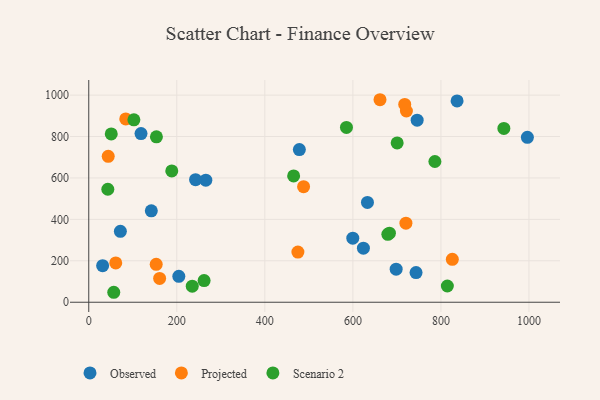
{"axis": {"x": "Distance", "y": "Fuel Efficiency"}, "legend": ["Observed", "Projected", "Scenario 2"], "data": [{"x": "265.9", "y": 589.3, "type": "Observed"}, {"x": "746.0", "y": 879.0, "type": "Observed"}, {"x": "478.4", "y": 736.9, "type": "Observed"}, {"x": "623.9", "y": 260.8, "type": "Observed"}, {"x": "242.6", "y": 591.7, "type": "Observed"}, {"x": "836.7", "y": 972.1, "type": "Observed"}, {"x": "31.5", "y": 176.4, "type": "Observed"}, {"x": "743.5", "y": 143.2, "type": "Observed"}, {"x": "142.1", "y": 441.5, "type": "Observed"}, {"x": "698.3", "y": 159.5, "type": "Observed"}, {"x": "633.1", "y": 481.8, "type": "Observed"}, {"x": "118.7", "y": 814.5, "type": "Observed"}, {"x": "599.8", "y": 309.1, "type": "Observed"}, {"x": "996.4", "y": 796.2, "type": "Observed"}, {"x": "71.8", "y": 342.4, "type": "Observed"}, {"x": "204.6", "y": 124.9, "type": "Observed"}, {"x": "44.2", "y": 704.4, "type": "Projected"}, {"x": "153.2", "y": 182.9, "type": "Projected"}, {"x": "721.6", "y": 923.2, "type": "Projected"}, {"x": "488.0", "y": 557.7, "type": "Projected"}, {"x": "661.6", "y": 977.7, "type": "Projected"}, {"x": "61.3", "y": 189.8, "type": "Projected"}, {"x": "475.1", "y": 242.2, "type": "Projected"}, {"x": "720.5", "y": 381.6, "type": "Projected"}, {"x": "717.8", "y": 955.2, "type": "Projected"}, {"x": "161.0", "y": 115.1, "type": "Projected"}, {"x": "825.9", "y": 207.2, "type": "Projected"}, {"x": "84.0", "y": 884.8, "type": "Projected"}, {"x": "585.4", "y": 844.0, "type": "Scenario 2"}, {"x": "235.1", "y": 77.4, "type": "Scenario 2"}, {"x": "56.8", "y": 48.1, "type": "Scenario 2"}, {"x": "153.7", "y": 798.6, "type": "Scenario 2"}, {"x": "683.0", "y": 333.2, "type": "Scenario 2"}, {"x": "43.3", "y": 545.4, "type": "Scenario 2"}, {"x": "465.4", "y": 610.0, "type": "Scenario 2"}, {"x": "786.3", "y": 679.4, "type": "Scenario 2"}, {"x": "943.0", "y": 839.1, "type": "Scenario 2"}, {"x": "700.6", "y": 769.3, "type": "Scenario 2"}, {"x": "814.6", "y": 78.3, "type": "Scenario 2"}, {"x": "102.5", "y": 880.9, "type": "Scenario 2"}, {"x": "679.4", "y": 327.8, "type": "Scenario 2"}, {"x": "51.1", "y": 812.5, "type": "Scenario 2"}, {"x": "262.0", "y": 104.7, "type": "Scenario 2"}, {"x": "188.6", "y": 633.9, "type": "Scenario 2"}]}